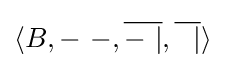
\langle B,-\ -,{\overline {-\ |}},{\overline {\ \ |}}\rangle